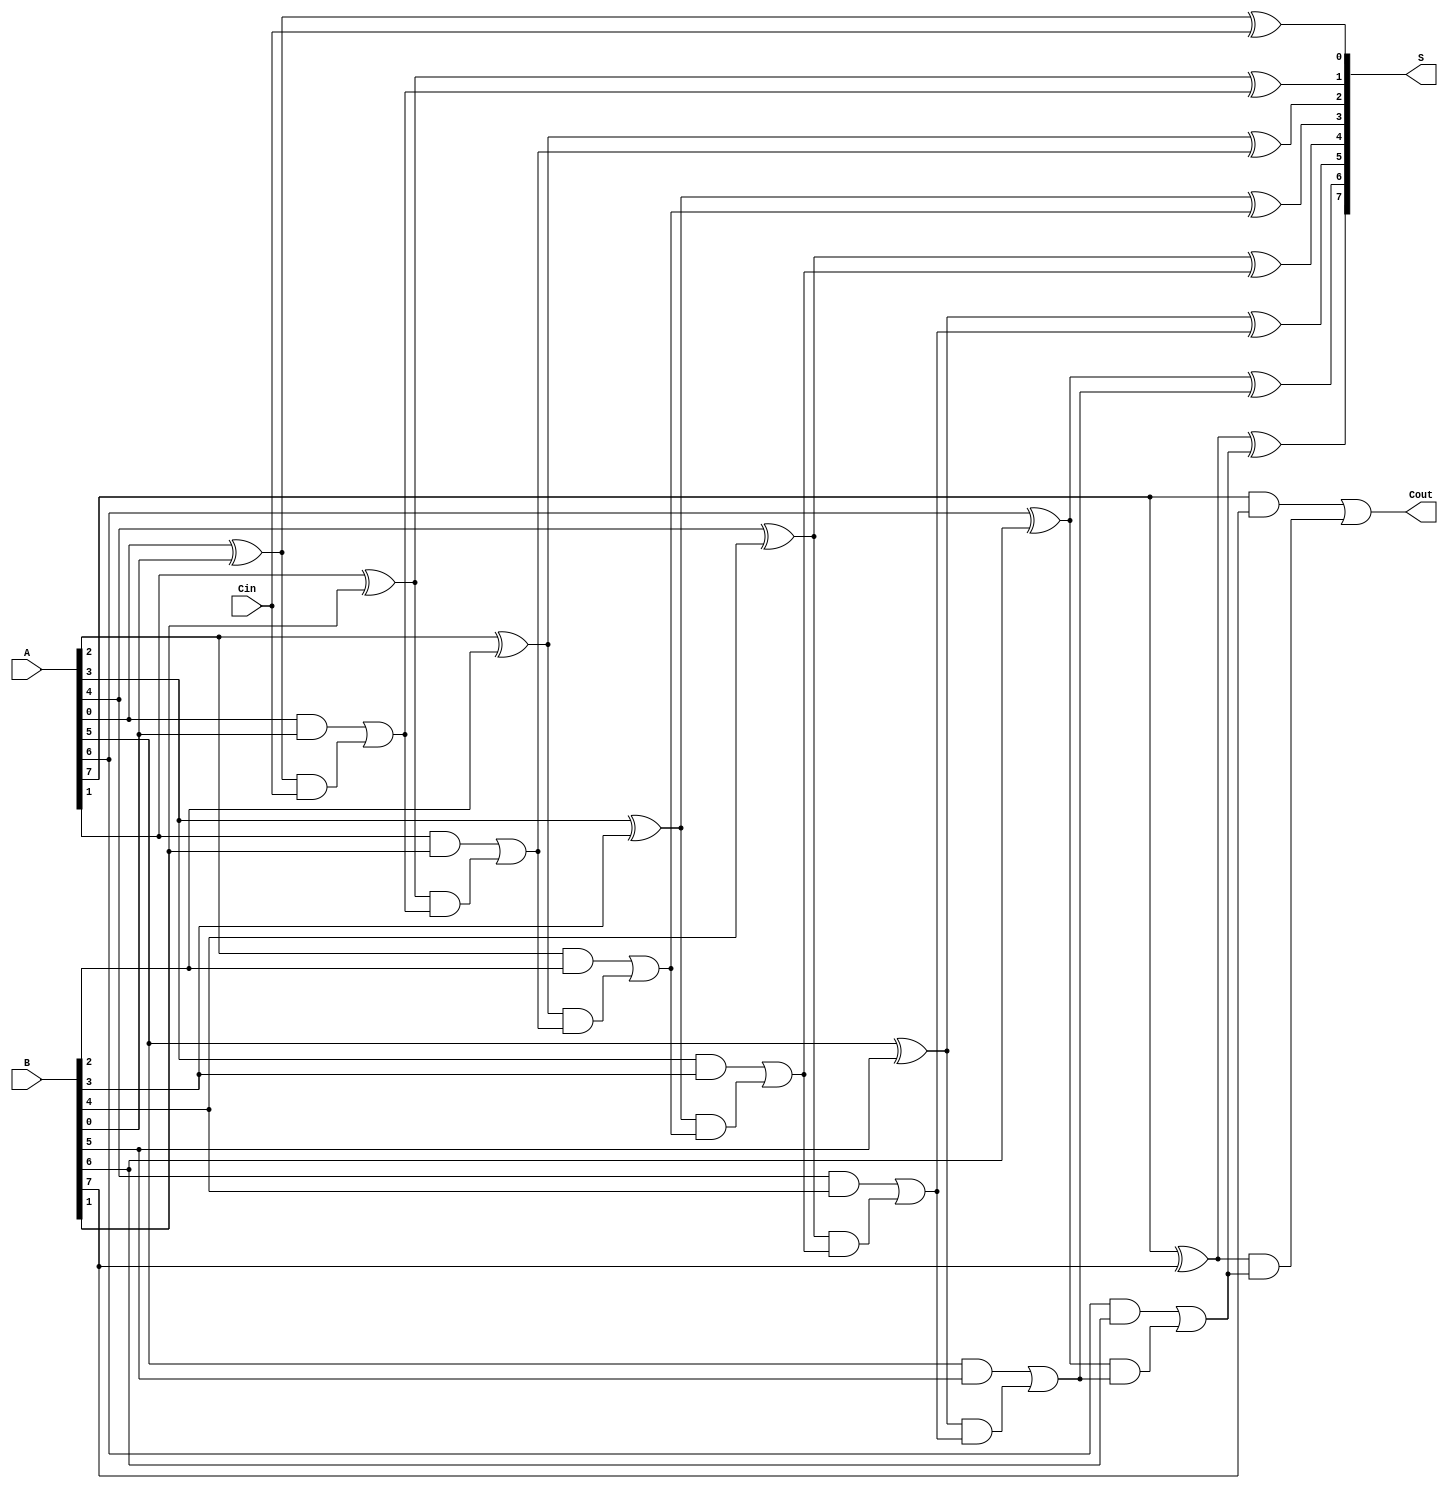
module ManchesterCarryChainAdder #(parameter N = 8) (
    input  [N-1:0] A,        // First n-bit input
    input  [N-1:0] B,        // Second n-bit input
    input         Cin,       // Carry-in
    output [N-1:0] S,        // n-bit sum output
    output        Cout       // Carry-out
);

    wire [N:0] C;            // Carry signals (C[0] = Cin, C[N] = Cout)
    assign C[0] = Cin;       // Initialize carry-in

    // Generate sum and carry for each bit
    genvar i;
    generate
        for (i = 0; i < N; i = i + 1) begin : full_adder
            // Sum calculation
            assign S[i] = A[i] ^ B[i] ^ C[i]; // S_i = A_i XOR B_i XOR C_{i-1}

            // Carry calculation using Manchester Carry Chain logic
            assign C[i + 1] = (A[i] & B[i]) | ((A[i] ^ B[i]) & C[i]); // C_i = A_i AND B_i OR (A_i XOR B_i AND C_{i-1})
        end
    endgenerate

    assign Cout = C[N]; // Final carry-out

endmodule